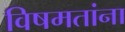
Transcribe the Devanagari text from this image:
विषमतांना